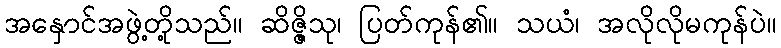
အနှောင်အဖွဲ့တို့သည်။ ဆိဇ္ဇိသု၊ ပြတ်ကုန်၏။ သယံ၊ အလိုလိုမကုန်ပဲ။